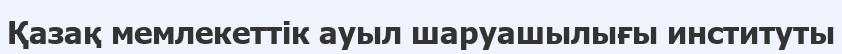
Қазақ мемлекеттік ауыл шаруашылығы институты